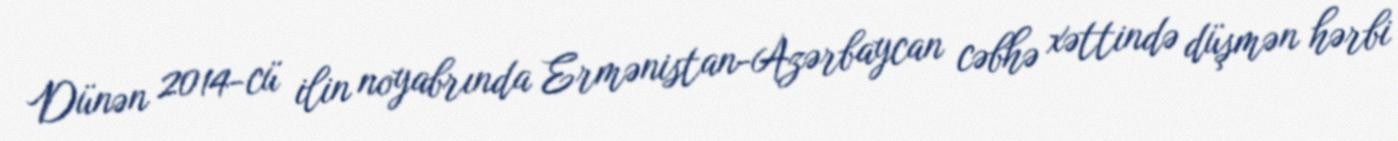
Dünən 2014-cü ilin noyabrında Ermənistan-Azərbaycan cəbhə xəttində düşmən hərbi